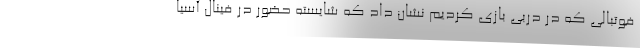
فوتبالی که در دربی بازی کردیم نشان داد که شایسته حضور در فینال آسیا